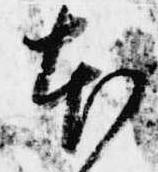
本